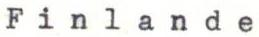
Finlande